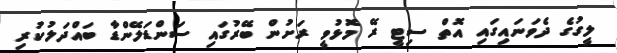
ލީގުގެ ދެވަނައިގައި އޮތް ސިޓީ ރޭ މޮޅުވީ ރަށުން ބޭރުގައި ސަންޑަލޭންޑާ ބައްދަލުކުރި